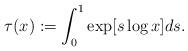
LaTeX: \begin{align*}\tau(x):=\int_{0}^{1}\exp[s\log x]ds.\end{align*}